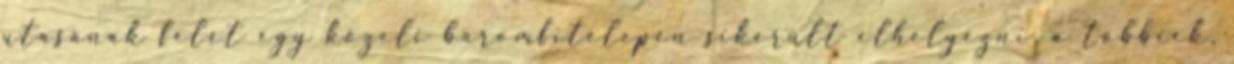
utasának felét egy közeli baromfitelepen sikerült elhelyezni, a többiek,